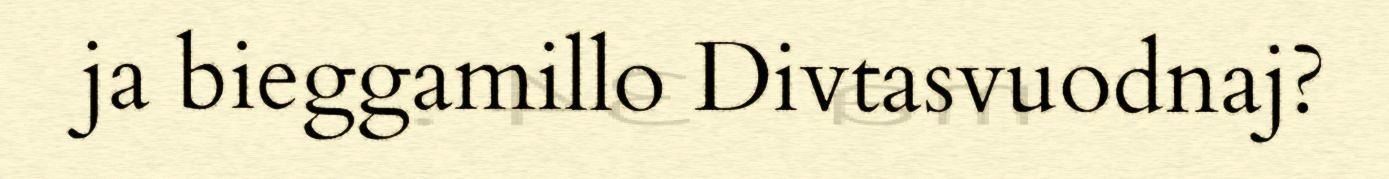
ja bieggamillo Divtasvuodnaj?